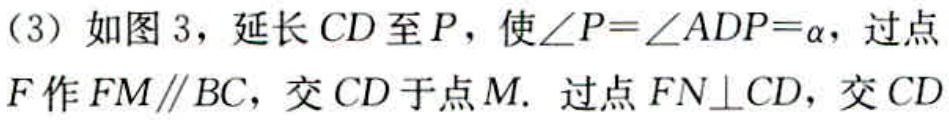
（3）如图 3，延长 \(CD\) 至 \(P\)，使\(\angle P = \angle ADP=\alpha\)，过点 \(F\) 作 \(FM\parallel BC\)，交 \(CD\) 于点 \(M\). 过点 \(FN\perp CD\)，交 \(CD\)